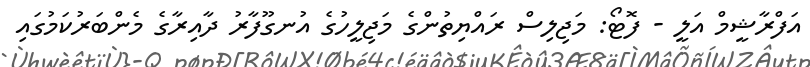
އަފްރާޝީމް އަލީ - ފޮޓޯ: މަޖިލިސް ރައްޔިތުންގެ މަޖިލީހުގެ އުނގޫފާރު ދާއިރާގެ މެންބަރުކަމުގައި